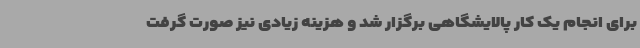
برای انجام یک کار پالایشگاهی برگزار شد و هزینه زیادی نیز صورت گرفت